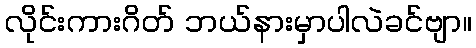
လိုင်းကားဂိတ် ဘယ်နားမှာပါလဲခင်ဗျာ။